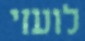
לועזי